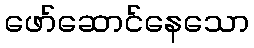
ဖော်ဆောင်နေသော